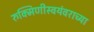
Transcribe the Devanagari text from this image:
रुक्मिणीस्वयंवराच्या